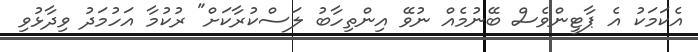
އެކަމަކު އެ ޕާޓީންވެސް ބޭނުމެއް ނުވޭ އިންތިހާބު ލަސްކުރާކަށް" ރުކުމާ އަހުމަދު ވިދާޅުވި